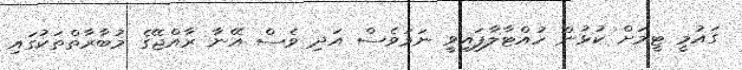
ގައުމީ ޓީމަށް ކުޅުން ހުއްޓާލާފައިވީ ނަމަވެސް އަދި ވެސް އޭނާ ރާއްޖޭގެ މުބާރާތްތަކުގައި